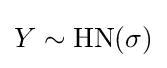
Y\sim \mathrm {HN} (\sigma )